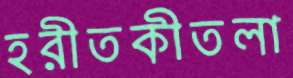
হরীতকীতলা